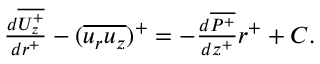
\begin{array} { r } { \frac { d \overline { { U _ { z } ^ { + } } } } { d r ^ { + } } - ( \overline { { u _ { r } u _ { z } } } ) ^ { + } = - \frac { d \overline { { P ^ { + } } } } { d z ^ { + } } r ^ { + } + C . } \end{array}